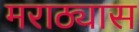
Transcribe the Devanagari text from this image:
मराठ्यास